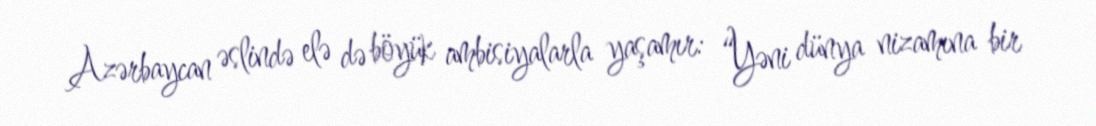
Azərbaycan əslində elə də böyük ambisiyalarla yaşamır: “Yəni dünya nizamına bir